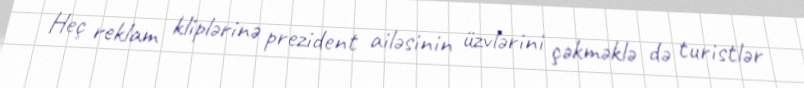
Heç reklam kliplərinə prezident ailəsinin üzvlərini çəkməklə də turistlər